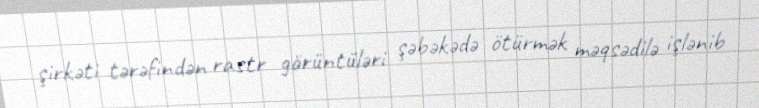
şirkəti tərəfindən rastr görüntüləri şəbəkədə ötürmək məqsədilə işlənib